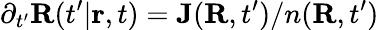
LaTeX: \partial_{t^{\prime}}{\mathbf R}(t^{\prime}|{\mathbf r},t)={\mathbf J}({\mathbf R},t^{\prime})/n({\mathbf R},t^{\prime})